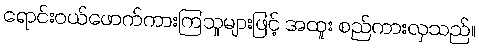
ရောင်းဝယ်ဖောက်ကားကြသူများဖြင့် အထူး စည်ကားလှသည်။